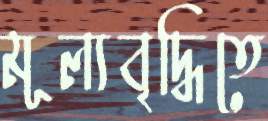
মূল্যবৃদ্ধিতে